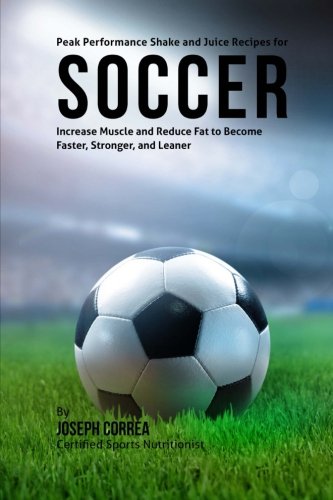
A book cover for Peak Performance Shake and Juice Recipes for Soccer: Increase Muscle and Reduce Fat to Become Faster, Stronger, and Leaner; Joseph Correa (Certified Sports Nutritionist); Sports & Outdoors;